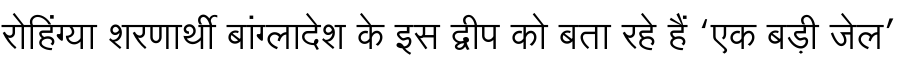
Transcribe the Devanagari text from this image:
रोहिंग्या शरणार्थी बांग्लादेश के इस द्वीप को बता रहे हैं ‘एक बड़ी जेल’